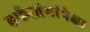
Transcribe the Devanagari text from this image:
बर्फस्तंभांपेक्षा